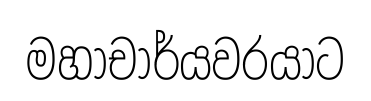
මහාචාර්යවරයාට